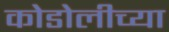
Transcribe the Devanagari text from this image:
कोडोलीच्या